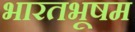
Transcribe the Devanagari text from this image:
भारतभूषम